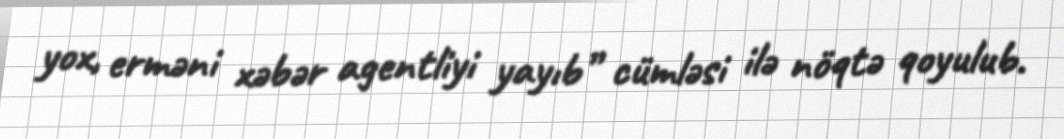
yox, erməni xəbər agentliyi yayıb” cümləsi ilə nöqtə qoyulub.